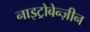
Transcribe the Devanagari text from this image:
नाइट्रोबेन्ज़ीन